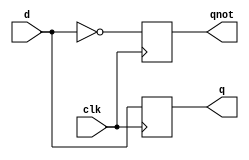
/* dff.v
 * 
 * Implementation of simple D Flip Flop
 *
*/

module dff(d, clk, q, qnot);
input d, clk;
output q, qnot;

reg q, qnot;

always@(posedge clk)
begin
q <= d;
qnot <= !d;
end

endmodule